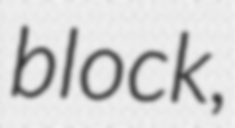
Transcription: block,